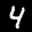
Label: 4